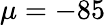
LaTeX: \mu=-85